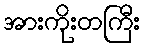
အားကိုးတကြီး